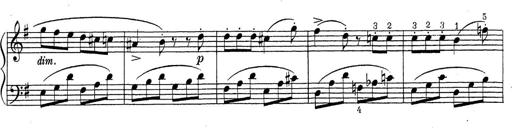
Title: ÄŒeskÃ© Sonatiny
Composer: Various